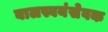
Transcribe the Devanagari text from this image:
बालस्वयंसेवक